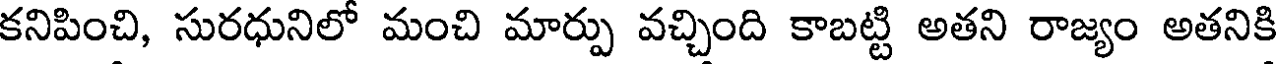
కనిపించి, సురధునిలో మంచి మార్పు వచ్చింది కాబట్టి అతని రాజ్యం అతనికి